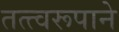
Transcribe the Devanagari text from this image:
तत्त्वरूपाने